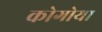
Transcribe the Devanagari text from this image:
कोगोया